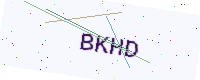
Text: BKHD